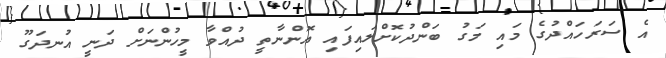
އެ ސަރަހައްދުގެ މައި މަގު ބަންދުކޮށްލައިފައި އޮންނާތީ ދުއްވާ މީހުންނަށް ދަނީ އުނދަގޫ